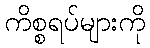
ကိစ္စရပ်များကို